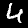
Label: 4